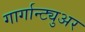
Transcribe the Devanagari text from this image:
गार्गान्ट्युअर